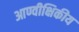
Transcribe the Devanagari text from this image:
आण्वीक्षिकीय